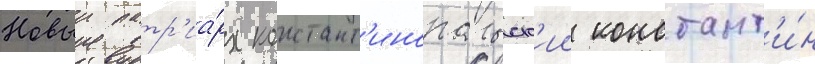
Новыи патр'иа́рх констант'инопольск'ии констант'и́н